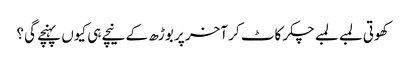
کھوتی لمبے لمبے چکر کاٹ کر آخر پر بوڑھ کے نیچے ہی کیوں پہنچے گی؟